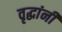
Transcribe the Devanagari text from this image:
वृद्धांनी